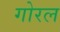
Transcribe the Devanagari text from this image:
गोरल